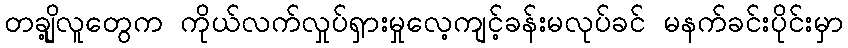
တချို့လူတွေက ကိုယ်လက်လှုပ်ရှားမှုလေ့ကျင့်ခန်းမလုပ်ခင် မနက်ခင်းပိုင်းမှာ